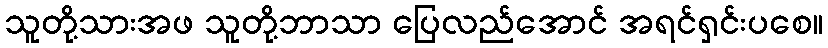
သူတို့သားအဖ သူတို့ဘာသာ ပြေလည်အောင် အရင်ရှင်းပစေ။